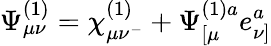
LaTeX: \Psi_{\mu\nu}^{(1)}=\chi_{\mu\nu^{-}}^{(1)}+\Psi_{[\mu}^{(1)a}e_{\nu]}^{a}